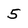
Character: 5